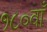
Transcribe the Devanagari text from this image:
१८०वाँ